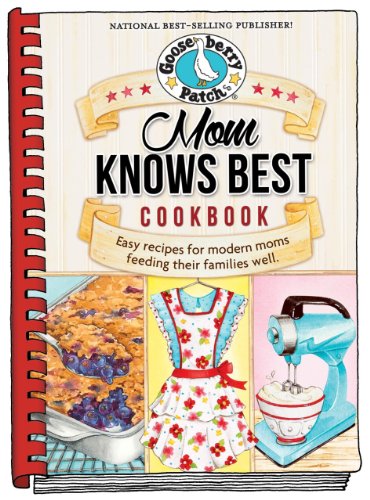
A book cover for Mom Knows Best Cookbook (Everyday Cookbook Collection); Gooseberry Patch; Cookbooks, Food & Wine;